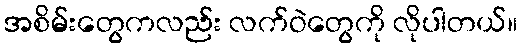
အစိမ်းတွေကလည်း လက်ဝဲတွေကို လိုပါတယ်။